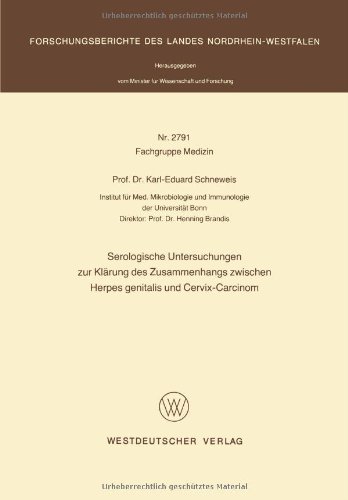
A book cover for Serologische Untersuchungen zur KlÃ¤rung des Zusammenhangs zwischen Herpes genitalis und Cervix-Carcinom (Forschungsberichte des Landes Nordrhein-Westfalen) (German Edition); Karl-Eduard Schneweis; Health, Fitness & Dieting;